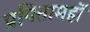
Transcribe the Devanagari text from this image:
प्रपितामहों